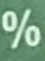
%